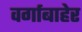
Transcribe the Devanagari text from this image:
वर्गाबाहेर